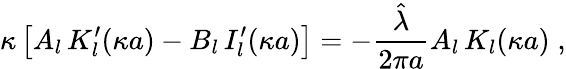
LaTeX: \kappa\left[A_{l}\, K_{l}^{\prime}(\kappa a)-B_{l}\, I_{l}^{\prime}(\kappa a)\right]=-\frac{\hat{\lambda}}{2\pi a}A_{l}\, K_{l}(\kappa a)\; ,